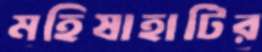
মহিষাহাটির